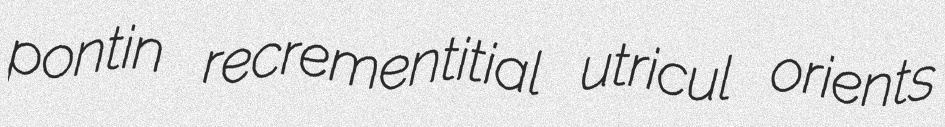
pontin recrementitial utricul orients